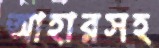
আহারসহ